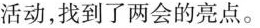
活动,找到了两会的亮点。